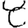
Digit: 8